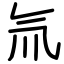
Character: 氚